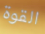
القوة